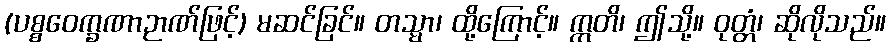
(ပစ္စဝေက္ခဏာဉာဏ်ဖြင့်) မဆင်ခြင်။ တသ္မာ၊ ထို့ကြောင့်။ ဣတိ၊ ဤသို့။ ဝုတ္တံ၊ ဆိုလိုသည်။